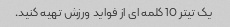
یک تیتر 10 کلمه ای از فواید ورزش تهیه کنید.